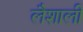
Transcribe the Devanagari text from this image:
लैशाली